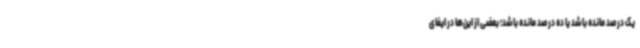
یک درصد مانده باشد یا ده درصد مانده باشد؛ بعضی از این‌ها در ایفای